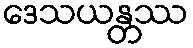
ဒေသယန္တဿ